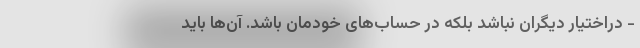
- دراختیار دیگران نباشد بلکه در حساب‌های خودمان باشد. آن‌ها باید